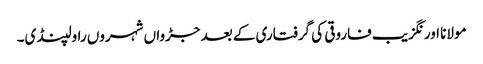
مولانا اورنگزیب فاروقی کی گرفتاری کے بعد جڑواں شہروں راولپنڈی۔